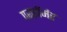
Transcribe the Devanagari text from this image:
परफ़ॉर्मर